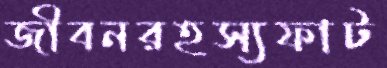
জীবনরহস্যফাট